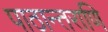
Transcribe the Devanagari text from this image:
पाठान्तराणि